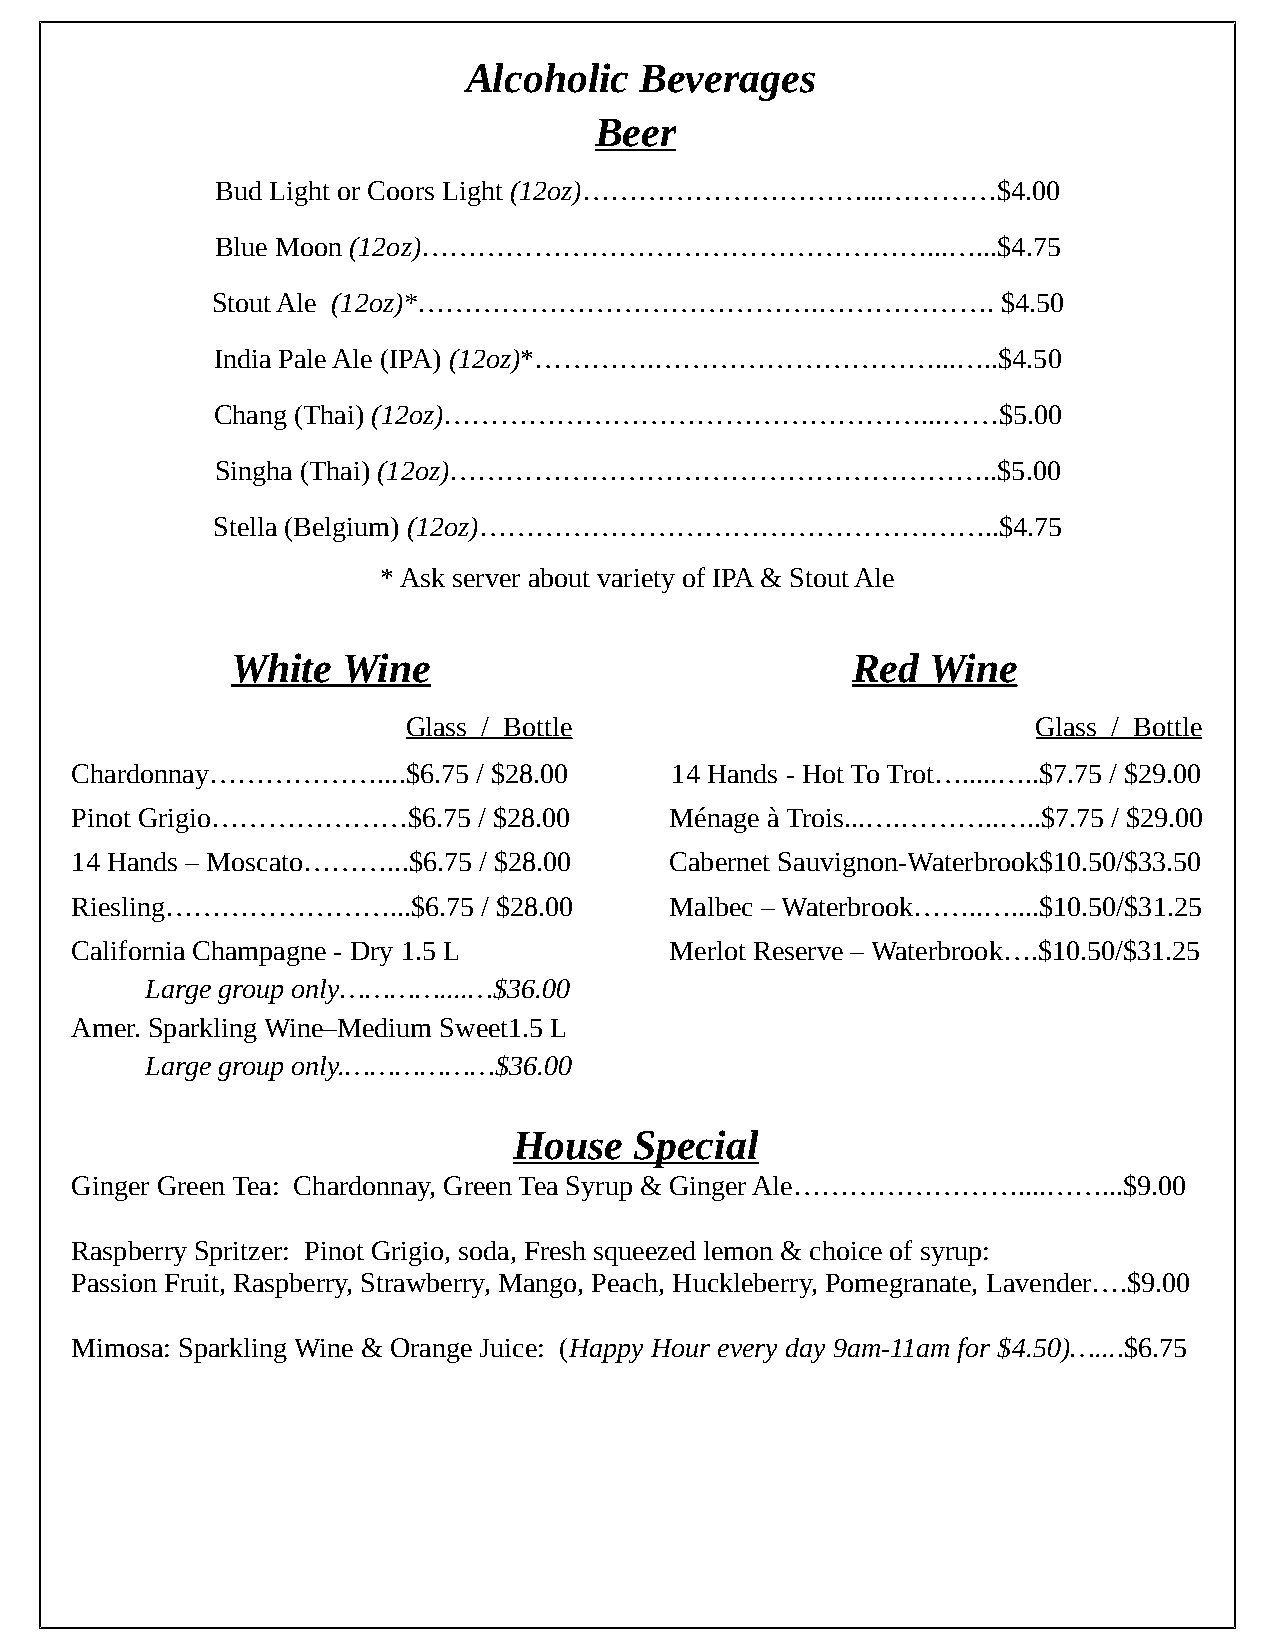
Alcoholic  Beverages
 Beer
 Bud Light or Coors Light (12oz)…………………………...…………$4.00
 Blue Moon (12oz)………………………………………………...…...$4.75
 Stout Ale (12oz)*…………………………………….……………….             $4.50
 India Pale Ale (IPA) (12oz)*………….…………………………...…..$4.50
 Chang (Thai) (12oz)……………………………………………...……$5.00
 Singha (Thai) (12oz)…………………………………………………..$5.00
 Stella (Belgium) (12oz)………………………………………………..$4.75
 * Ask server about variety of IPA & Stout Ale
 White   Wine                             Red  Wine
 Glass / Bottle                            Glass / Bottle
 Chardonnay………………....$6.75  / $28.00    14 Hands - Hot To Trot….....…..$7.75 / $29.00
 Pinot Grigio…………………$6.75   / $28.00    Ménage à Trois...….………..…..$7.75 / $29.00
 14 Hands – Moscato………...$6.75 / $28.00 Cabernet Sauvignon-Waterbrook$10.50/$33.50
 Riesling……………………...$6.75   / $28.00    Malbec – Waterbrook……..…....$10.50/$31.25
 California Champagne - Dry 1.5 L       Merlot Reserve – Waterbrook….$10.50/$31.25
 Large group only…………....…$36.00
 Amer. Sparkling Wine–Medium Sweet1.5 L
 Large group only.………………$36.00
 House   Special
 Ginger Green Tea: Chardonnay, Green Tea Syrup & Ginger Ale……………………....……...$9.00
 Raspberry Spritzer: Pinot Grigio, soda, Fresh squeezed lemon & choice of syrup:
 Passion Fruit, Raspberry, Strawberry, Mango, Peach, Huckleberry, Pomegranate, Lavender….$9.00
 Mimosa: Sparkling Wine & Orange Juice: (Happy Hour every day 9am-11am for $4.50)…....$6.75